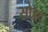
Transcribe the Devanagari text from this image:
सोह्रद